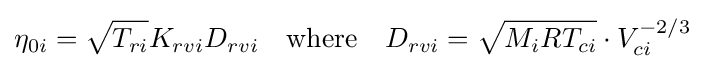
\eta _{0i}={\sqrt {T_{ri}}}K_{rvi}D_{rvi}\quad {\text{where}}\quad D_{rvi}={\sqrt {M_{i}RT_{ci}}}\cdot V_{ci}^{-2/3}